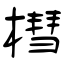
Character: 槥